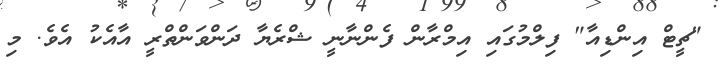
"ޗީޓް އިންޑިއާ" ފިލްމުގައި އިމްރާން ފެންނާނީ ޝްރެޔާ ދަންވަންތްރީ އާއެކު އެވެ. މި